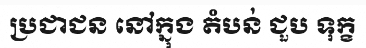
ប្រជាជន នៅក្នុង តំបន់ ជួប ទុក្ខ